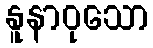
နူနာဝုသော